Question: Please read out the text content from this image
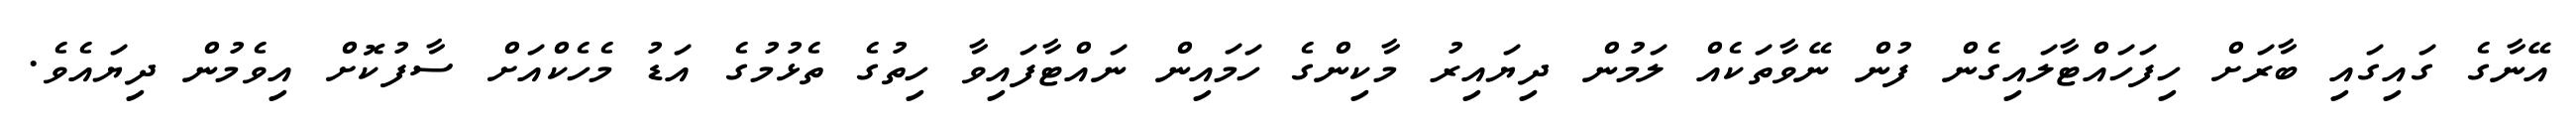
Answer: އޭނާގެ ގައިގައި ބާރަށް ހިފަހައްޓާލައިގެން ފުން ނޭވާތަކެއް ލަމުން ދިޔައިރު މާކިންގެ ހަމައިން ނައްޓާފައިވާ ހިތުގެ ތެޅުމުގެ އަޑު މެހެކްއަށް ސާފުކޮށް އިވެމުން ދިޔައެވެ.